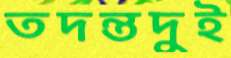
তদন্তদুই